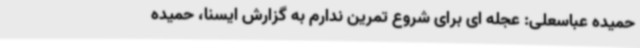
حمیده عباسعلی: عجله ای برای شروع تمرین ندارم به گزارش ایسنا، حمیده